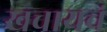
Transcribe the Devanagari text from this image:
खचायचं